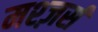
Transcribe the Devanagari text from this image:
मश्ज़र्स